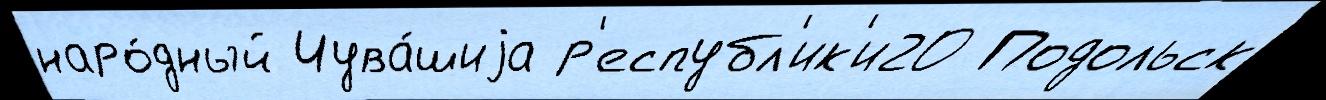
наро́дный Чува́шиjа р'еспубл'ик'и20 Подольск